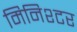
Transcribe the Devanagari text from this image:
मिनिश्टर